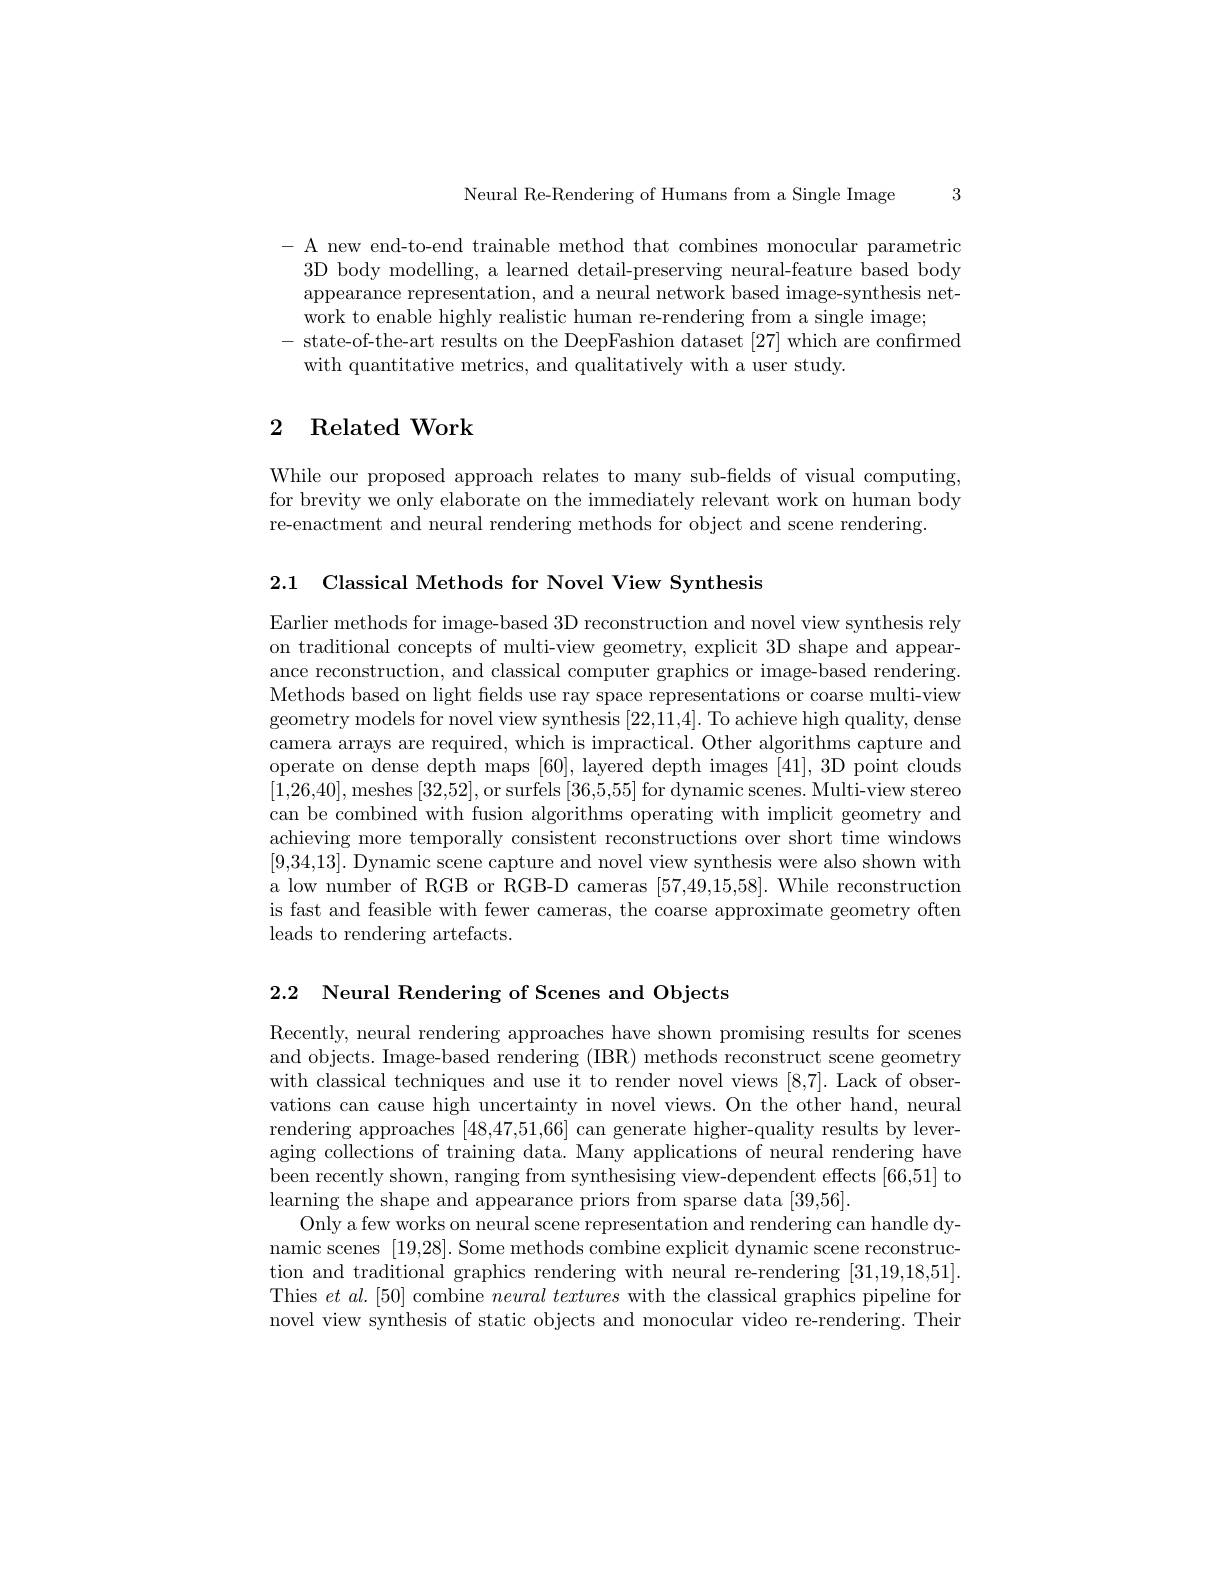
Neural Re-Rendering of Humans from a Single Image 3

- A new end-to-end trainable method that combines monocular parametric
3D body modelling, a learned detail-preserving neural-feature based body appearance representation, and a neural network based image-synthesis network to enable highly realistic human re-rendering from a single image;
state-of-the-art results on the DeepFashion dataset [27] which are confirmed
with quantitative metrics, and qualitatively with a user study

# 2 Related Work

While our proposed approach relates to many sub-felds of visual computing, for brevity we only elaborate on the immediately relevant work on human body re-enactment and neural rendering methods for object and scene rendering.

2.1 Classical Methods for Novel View Synthesis

Earlier methods for image-based 3D reconstruction and novel view synthesis rely on traditional concepts of multi-view geometry, explicit 3D shape and appearance reconstruction, and classical computer graphics or image-based rendering. Methods based on light fields use ray space representations or coarse multi-view geometry models for novel view synthesis [22,11,4]. To achieve high quality, dense camera arrays are required, which is impractical. Other algorithms capture and operate on dense depth maps [60],layered depth images [41],3D point clouds [1,26,40], meshes [32,52], or surfels [36,5,55] for dynamic scenes. Multi-view stereo can be combined with fusion algorithms operating with implicit geometry and achieving more temporally consistent reconstructions over short time windows [9,34,13]. Dynamic scene capture and novel view synthesis were also shown with a low number of RGB or RGB-D cameras [57,49,15,58]. While reconstruction is fast and feasible with fewer cameras, the coarse approximate geometry often leads to rendering artefacts.

2.2 Neural Rendering of Scenes and Objects

Recently, neural rendering approaches have shown promising results for scenes and objects. Image-based rendering (IBR) methods reconstruct scene geometry with classical techniques and use it to render novel views [8,7]. Lack of observations can cause high uncertainty in novel views. On the other hand, neural rendering approaches [48,47,51,66] can generate higher-quality results by leveraging collections of training data. Many applications of neural rendering have been recently shown, ranging from synthesising view-dependent effects [66,51] to learning the shape and appearance priors from sparse data [39,56].
Only a few works on neural scene representation and rendering can handle dynamic scenes [19,28]. Some methods combine explicit dynamic scene reconstruction and traditional graphics rendering with neural re-rendering [31,19,18,51]. Thies $etal.[50]$ combine $neural\textit{ textures with the classical graphics pipeline for}$ novel view synthesis of static objects and monocular video re-rendering. Their